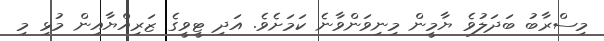
މިސްރާބު ބަދަލުވެ ޔާމީން މިނިވަންވާނެ ކަމަށެވެ. އަދި ޓީވީގެ ޒަރިއްޔާއިން މުޅި މި